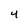
Character: 4